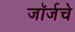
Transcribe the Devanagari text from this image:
जॉर्जचे